Civil Veterinary Department Bihar reports 1940-50 - 1940-1950
Year: 1940
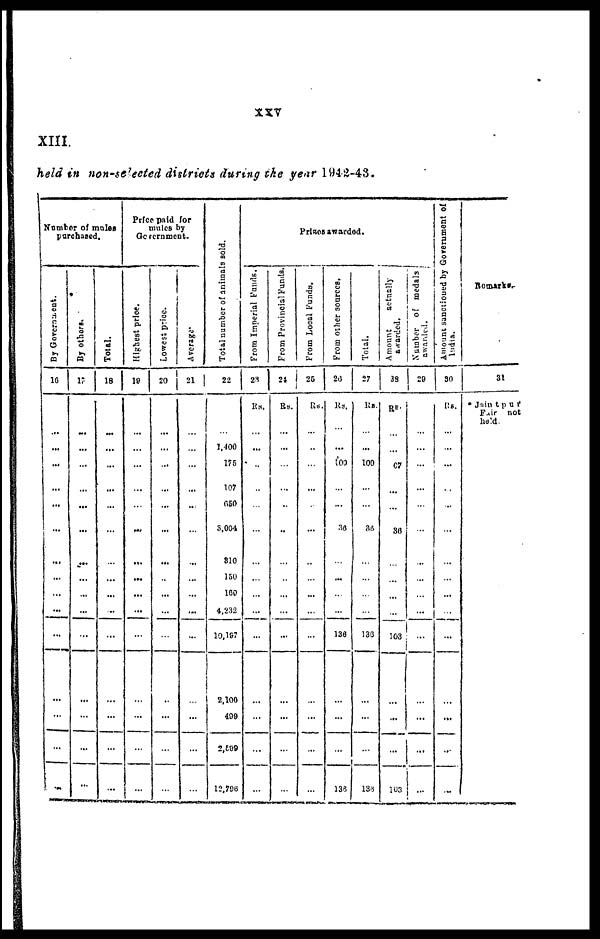
xxv
XIII.
held in non-selected districts during the year 1942-43.
Number of males
purchased.
By Government.
16
...
...
...
...
...
...
...
...
...
...
...
...
...
...
By others.
17
...
...
...
...
...
...
...
...
...
...
...
...
...
...
...
Total.
18
...
...
...
...
...
...
...
...
...
...
...
...
...
...
...
Price paid for
mules by
Government.
Highest price.
19
... ...
...
...
...
...
...
...
...
...
...
...
...
Lowest price.
20
...
...
...
...
...
...
...
..
...
...
...
...
...
...
...
21
...
...
...
...
...
...
...
...
...
...
...
...
...
...
Total number of animals Bold.
22
...
1,400
175
107
650
3,004
810
150
160
4,232
10,197
2,100
499
2,599
12,796
Prises awarded.
From Imperial Funds.
23
Rs.
...
...
...
...
...
...
...
...
...
...
...
...
...
From Provincial Funds.
24
Rs.
...
...
...
...
...
...
...
..
...
...
...
...
...
...
From Local Funds.
25
Rs.
...
...
...
...
...
...
...
...
...
...
...
...
...
...
From other sources.
26
Rs.
... ...
100
...
...
36
...
...
...
...
136
...
...
...
138
Total.
27
lis.
...
...
100
...
...
36
...
...
...
...
136
...
...
136
Amount
actually
awarded.
28
Rs.
... ...
67
...
...
36
...
...
...
...
103
...
...
103
Number of medals
awarded.
29
...
...
...
...
...
...
...
...
...
...
...
...
...
...
Amount sanctioned by Government
of
India.
30
Rs.
...
...
...
...
...
...
...
...
...
...
...
...
...
...
Remarks-
31
* Jaintpur
Fair not
held